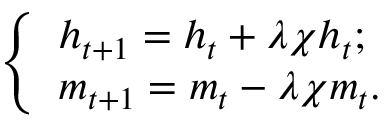
\left\{ \begin{array} { l l } { h _ { t + 1 } = h _ { t } + \lambda \chi h _ { t } ; } \\ { m _ { t + 1 } = m _ { t } - \lambda \chi m _ { t } . } \end{array} \right.